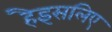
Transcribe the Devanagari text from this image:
हैइसलिए